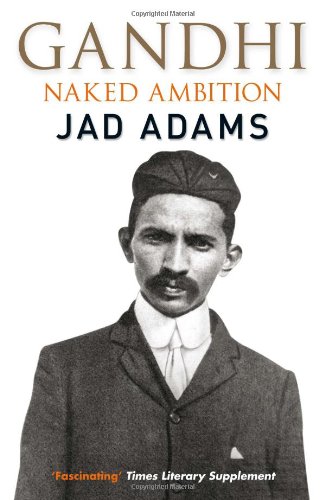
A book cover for Gandhi: Naked Ambition; Jad Adams; Religion & Spirituality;